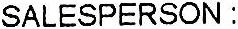
SALESPERSON :